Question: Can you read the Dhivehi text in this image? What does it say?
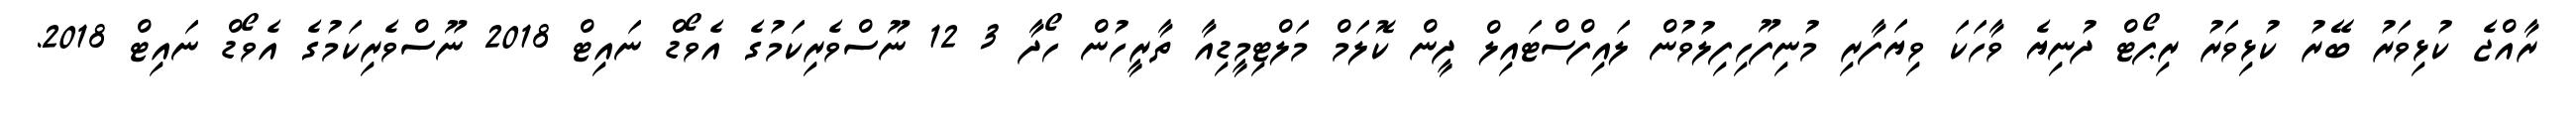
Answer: ރާއްޖެ ކުޅިވަރު ބޭރު ކުޅިވަރު ރިޕޯޓް ދުނިޔެ ވާހަކަ ވިޔަފާރި މުނިފޫހިފިލުވުން ލައިފްސްޓައިލް ދީން ކޮލަމް މަލްޓިމީޑިއާ ތާރީހުން ހޯދާ 3 12 ނޫސްވެރިކަމުގެ އެވޯޑް ނައިޓް 2018 ނޫސްވެރިކަމުގެ އެވޯޑް ނައިޓް 2018.